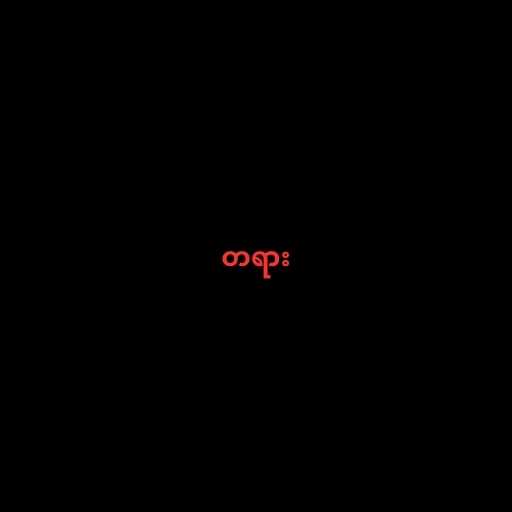
တရား